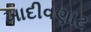
ખાદીવણાટ